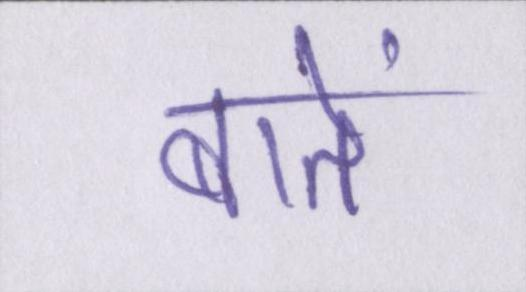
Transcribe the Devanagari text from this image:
बातें